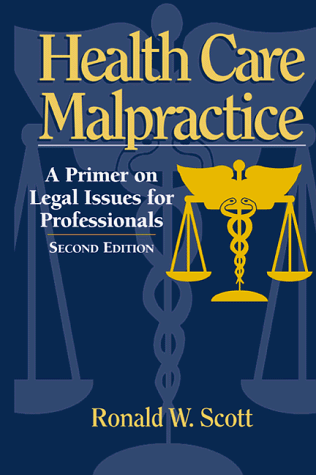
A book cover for Health Care Malpractice: A Primer on Legal Issues for Professionals; Ron Scott; Law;